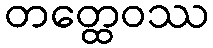
တတ္ထေဝဿ